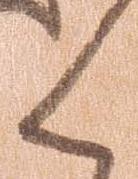
く